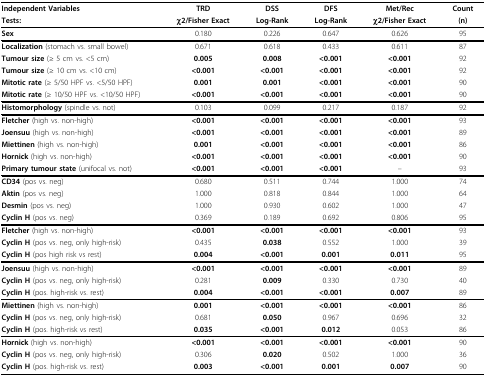
<table><thead><tr><td><b>Independent Variables</b></td><td><b>TRD</b></td><td><b>DSS</b></td><td><b>DFS</b></td><td><b>Met/Rec</b></td><td><b>Count</b></td></tr><tr><td><b>Tests:</b></td><td><b>χ2/Fisher Exact</b></td><td><b>Log-Rank</b></td><td><b>Log-Rank</b></td><td><b>χ2/Fisher Exact</b></td><td><b>(n)</b></td></tr></thead><tbody><tr><td><b>Sex</b></td><td>0.180</td><td>0.226</td><td>0.647</td><td>0.626</td><td>95</td></tr><tr><td><b>Localization </b>(stomach vs. small bowel)</td><td>0.671</td><td>0.618</td><td>0.433</td><td>0.611</td><td>87</td></tr><tr><td><b>Tumour size </b>(≥ 5 cm vs. &lt;5 cm)</td><td><b>0.005</b></td><td><b>0.008</b></td><td><b>&lt;0.001</b></td><td><b>&lt;0.001</b></td><td>92</td></tr><tr><td><b>Tumour size </b>(≥ 10 cm vs. &lt;10 cm)</td><td><b>&lt;0.001</b></td><td><b>&lt;0.001</b></td><td><b>&lt;0.001</b></td><td><b>&lt;0.001</b></td><td>92</td></tr><tr><td><b>Mitotic rate </b>(≥ 5/50 HPF vs. &lt;5/50 HPF)</td><td><b>0.001</b></td><td><b>0.001</b></td><td><b>&lt;0.001</b></td><td><b>&lt;0.001</b></td><td>90</td></tr><tr><td><b>Mitotic rate </b>(≥ 10/50 HPF vs. &lt;10/50 HPF)</td><td><b>&lt;0.001</b></td><td><b>&lt;0.001</b></td><td><b>&lt;0.001</b></td><td><b>&lt;0.001</b></td><td>90</td></tr><tr><td><b>Histomorphology </b>(spindle vs. not)</td><td>0.103</td><td>0.099</td><td>0.217</td><td>0.187</td><td>92</td></tr><tr><td><b>Fletcher </b>(high vs. non-high)</td><td><b>&lt;0.001</b></td><td><b>&lt;0.001</b></td><td><b>&lt;0.001</b></td><td><b>&lt;0.001</b></td><td>93</td></tr><tr><td><b>Joensuu </b>(high vs. non-high)</td><td><b>&lt;0.001</b></td><td><b>&lt;0.001</b></td><td><b>&lt;0.001</b></td><td><b>&lt;0.001</b></td><td>89</td></tr><tr><td><b>Miettinen </b>(high vs. non-high)</td><td><b>0.001</b></td><td><b>&lt;0.001</b></td><td><b>&lt;0.001</b></td><td><b>&lt;0.001</b></td><td>86</td></tr><tr><td><b>Hornick </b>(high vs. non-high)</td><td><b>&lt;0.001</b></td><td><b>&lt;0.001</b></td><td><b>&lt;0.001</b></td><td><b>&lt;0.001</b></td><td>90</td></tr><tr><td><b>Primary tumour state </b>(unifocal vs. not)</td><td><b>&lt;0.001</b></td><td><b>&lt;0.001</b></td><td><b>&lt;0.001</b></td><td>--</td><td>93</td></tr><tr><td><b>CD34 </b>(pos vs. neg)</td><td>0.680</td><td>0.511</td><td>0.744</td><td>1.000</td><td>74</td></tr><tr><td><b>Aktin </b>(pos vs. neg)</td><td>1.000</td><td>0.818</td><td>0.844</td><td>1.000</td><td>64</td></tr><tr><td><b>Desmin </b>(pos vs. neg)</td><td>1.000</td><td>0.930</td><td>0.602</td><td>1.000</td><td>47</td></tr><tr><td><b>Cyclin H </b>(pos vs. neg)</td><td>0.369</td><td>0.189</td><td>0.692</td><td>0.806</td><td>95</td></tr><tr><td><b>Fletcher </b>(high vs. non-high)</td><td><b>&lt;0.001</b></td><td><b>&lt;0.001</b></td><td><b>&lt;0.001</b></td><td><b>&lt;0.001</b></td><td>93</td></tr><tr><td><b>Cyclin H </b>(pos vs. neg, only high-risk)</td><td>0.435</td><td><b>0.038</b></td><td>0.552</td><td>1.000</td><td>39</td></tr><tr><td><b>Cyclin H </b>(pos high risk vs rest)</td><td><b>0.004</b></td><td><b>&lt;0.001</b></td><td><b>0.001</b></td><td><b>0.011</b></td><td>95</td></tr><tr><td><b>Joensuu </b>(high vs. non-high)</td><td><b>&lt;0.001</b></td><td><b>&lt;0.001</b></td><td><b>&lt;0.001</b></td><td><b>&lt;0.001</b></td><td>89</td></tr><tr><td><b>Cyclin H </b>(pos vs. neg, only high-risk)</td><td>0.281</td><td><b>0.009</b></td><td>0.330</td><td>0.730</td><td>40</td></tr><tr><td><b>Cyclin H </b>(pos. high-risk vs. rest)</td><td><b>0.004</b></td><td><b>&lt;0.001</b></td><td><b>&lt;0.001</b></td><td><b>0.007</b></td><td>89</td></tr><tr><td><b>Miettinen </b>(high vs. non-high)</td><td><b>0.001</b></td><td><b>&lt;0.001</b></td><td><b>&lt;0.001</b></td><td><b>&lt;0.001</b></td><td>86</td></tr><tr><td><b>Cyclin H </b>(pos vs. neg, only high-risk)</td><td>0.681</td><td><b>0.050</b></td><td>0.967</td><td>0.696</td><td>32</td></tr><tr><td><b>Cyclin H </b>(pos. high-risk vs rest)</td><td><b>0.035</b></td><td><b>&lt;0.001</b></td><td><b>0.012</b></td><td>0.053</td><td>86</td></tr><tr><td><b>Hornick </b>(high vs. non-high)</td><td><b>&lt;0.001</b></td><td><b>&lt;0.001</b></td><td><b>&lt;0.001</b></td><td><b>&lt;0.001</b></td><td>90</td></tr><tr><td><b>Cyclin H </b>(pos vs. neg, only high-risk)</td><td>0.306</td><td><b>0.020</b></td><td>0.502</td><td>1.000</td><td>36</td></tr><tr><td><b>Cyclin H </b>(pos. high-risk vs. rest)</td><td><b>0.003</b></td><td><b>&lt;0.001</b></td><td><b>0.001</b></td><td><b>0.007</b></td><td>90</td></tr></tbody></table>